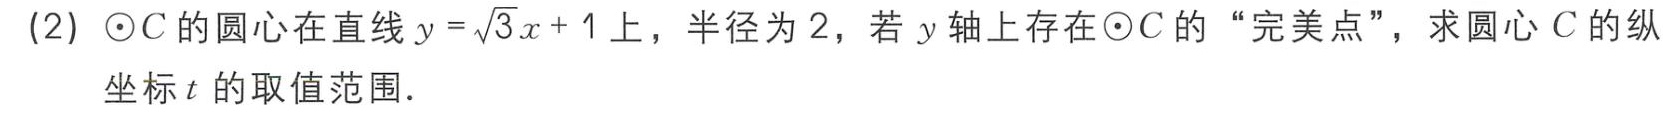
(2) $\odot C$ 的圆心在直线 $y = \sqrt{3}x + 1$ 上，半径为 $2$，若 $y$ 轴上存在 $\odot C$ 的 “完美点”，求圆心 $C$ 的纵坐标 $t$ 的取值范围．